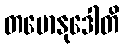
တမောနုဒေါတိ